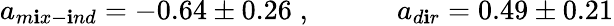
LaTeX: a_{m\mathbf{i}x-\mathbf{i}nd}=-0.64\pm0.26\; ,~~~~~~~~~~~~a_{d\mathbf{i}r}=0.49\pm0.21